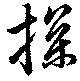
探